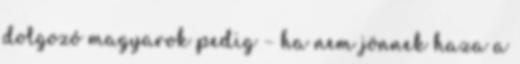
dolgozó magyarok pedig – ha nem jönnek haza a